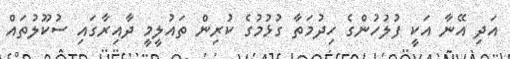
އަދި އޭނާ އަކީ ފުލުހުންގެ ހިދުމަތާ ގުޅުމުގެ ކުރިން ތައުލީމީ ދާއިރާގައި ސުކޫލުތައް